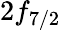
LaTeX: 2f_{7/2}